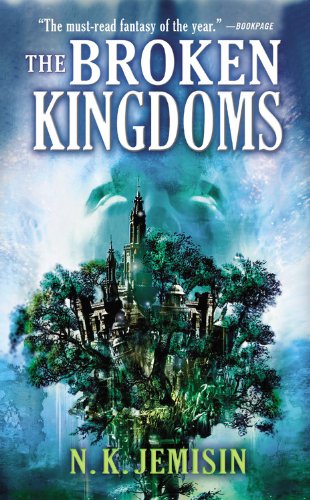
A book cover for The Broken Kingdoms (The Inheritance Trilogy); N. K. Jemisin; Romance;